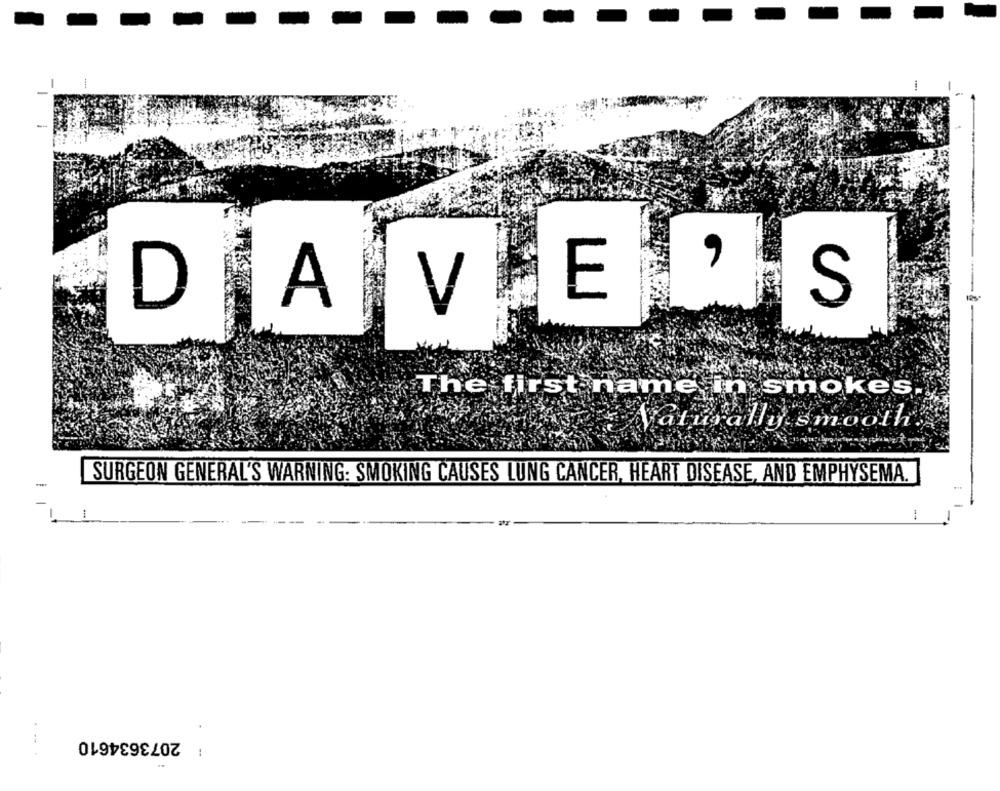
30
E
S
D
A
V
The first name in smokes.
Valurally smooth.
-
SURGEON GENERAL'S WARNING: SMOKING CAUSES LUNG CANCER, HEART DISEASE, AND EMPHYSEMA.
-
1
1
2073634610
...